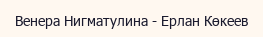
Венера Нигматулина - Ерлан Көкеев